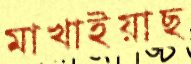
মাখাইয়াছ